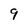
Character: 9